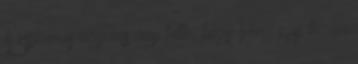
A cipőárus ugyanis úgy hitte, hogy Vona egy turáni